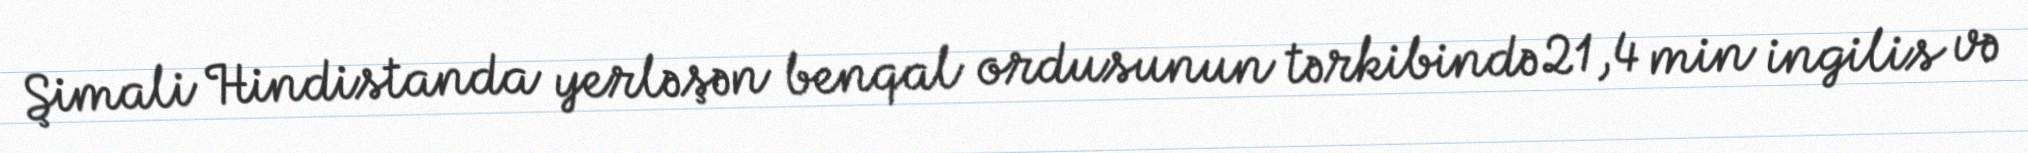
Şimali Hindistanda yerləşən benqal ordusunun tərkibində 21,4 min ingilis və